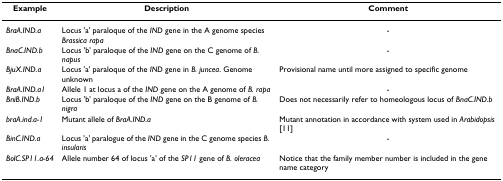
| Example | Description | Comment |
 | --- | --- | --- |
 | BraA.IND.a | Locus 'a' paraloque of the IND gene in the A genome species Brassica rapa | - |
 | BnaC.IND.b | Locus 'b' paraloque of the IND gene on the C genome of B. napus | - |
 | BjuX.IND.a | Locus 'a' paraloque of the IND gene in B. juncea. Genome unknown | Provisional name until more assigned to specific genome |
 | BraA.IND.a1 | Allele 1 at locus a of the IND gene on the A genome of B. rapa | - |
 | BniB.IND.b | Locus 'b' paraloque of the IND gene on the B genome of B. nigra | Does not necessarily refer to homeologous locus of BnaC.IND.b |
 | braA.ind.a-1 | Mutant allele of BraA.IND.a | Mutant annotation in accordance with system used in Arabidopsis [11] |
 | BinC.IND.a | Locus 'a' paralogue of the IND gene in the C genome species B. insularis | - |
 | BolC.SP11.a-64 | Allele number 64 of locus 'a' of the SP11 gene of B. oleracea | Notice that the family member number is included in the gene name category |